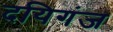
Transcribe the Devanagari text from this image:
दयिगंज